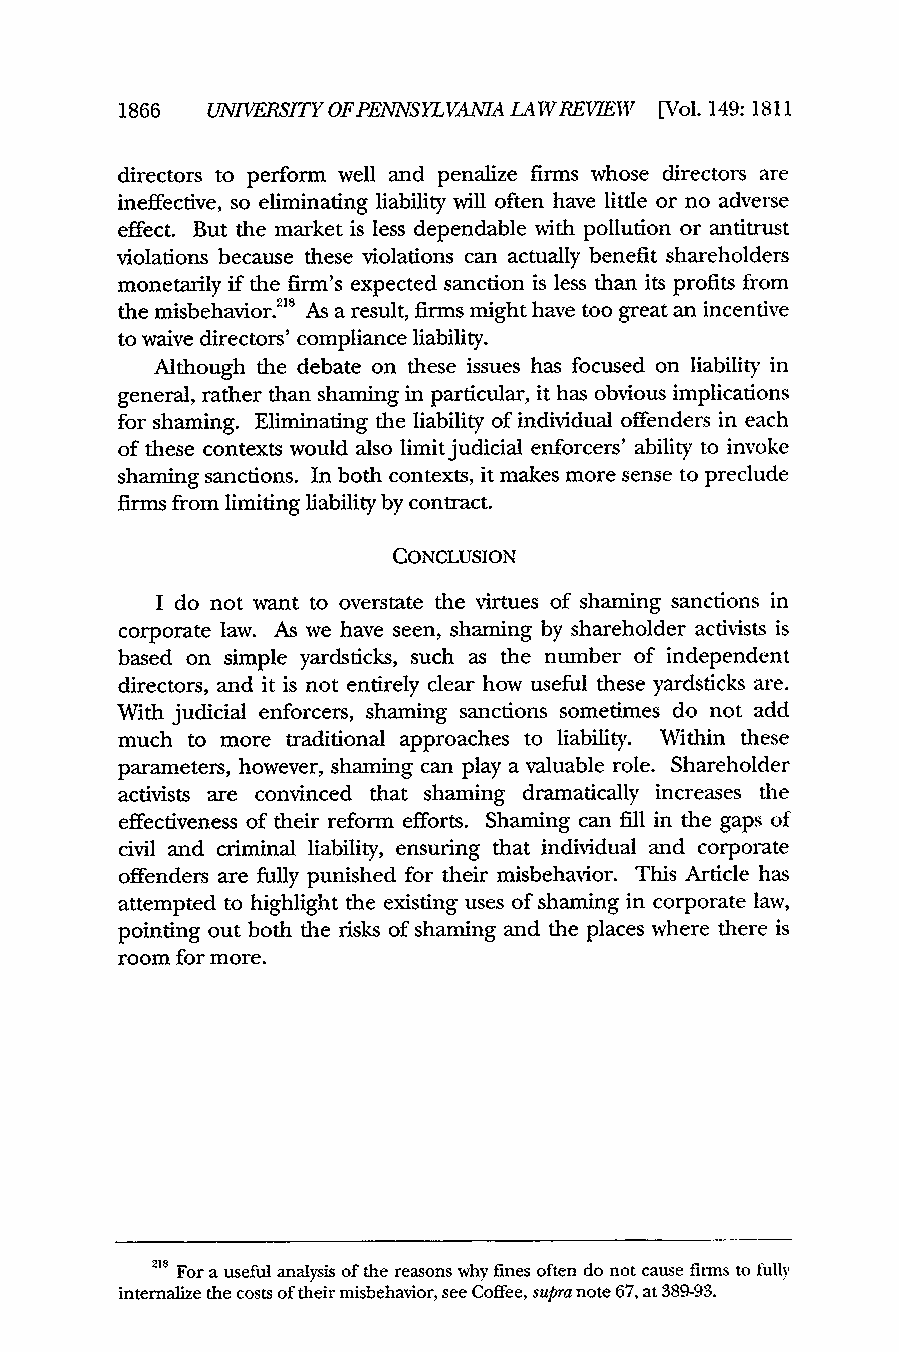
1866  UNIVERSITY OFPENNSYLVANIA LAWREVIEW [Vol. 149:1811
 directors to perform well and penalize firms whose directors are
 ineffective, so eliminating liability will often have little or no adverse
 effect. But the market is less dependable with pollution or antitrust
 violations because these violations can actually benefit shareholders
 monetarily if the firm's expected sanction is less than its profits from
 the misbehavior.2 '8 As a result, firms might have too great an incentive
 to waive directors' compliance liability.
 Although the debate on these issues has focused on liability in
 general, rather than shaming in particular, it has obvious implications
 for shaming. Eliminating the liability of individual offenders in each
 of these contexts would also limit judicial enforcers' ability to invoke
 shaming sanctions. In both contexts, it makes more sense to preclude
 firms from limiting liability by contract.
 CONCLUSION
 I do not want to overstate the virtues of shaming sanctions in
 corporate law. As we have seen, shaming by shareholder activists is
 based on simple yardsticks, such as the number of independent
 directors, and it is not entirely clear how useful these yardsticks are.
 With judicial enforcers, shaming sanctions sometimes do not add
 much to more traditional approaches to liability. Within these
 parameters, however, shaming can play a valuable role. Shareholder
 activists are convinced that shaming dramatically increases the
 effectiveness of their reform efforts. Shaming can fill in the gaps of
 civil and criminal liability, ensuring that individual and corporate
 offenders are fully punished for their misbehavior. This Article has
 attempted to highlight the existing uses of shaming in corporate law,
 pointing out both the risks of shaming and the places where there is
 room for more.
 218 For a useful analysis of the reasons why fines often do not cause firms to fully
 internalize the costs of their misbehavior, see Coffee, supra note 67, at 389-93.